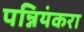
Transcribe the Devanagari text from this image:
पन्नियंकरा